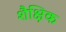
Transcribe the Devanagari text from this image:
शैक्षिक